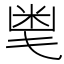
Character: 𱸸